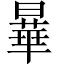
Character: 曅